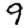
Digit: 9